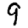
Digit: 9